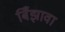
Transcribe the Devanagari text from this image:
बिँझावा